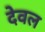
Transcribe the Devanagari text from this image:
देवल